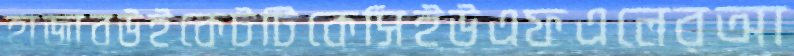
হাজারউইকেটটিকেসিইউএফএলেরআ